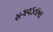
સગવડતાના